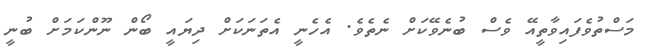
މަސްތުވެފައިވާތީއޭ ވެސް ބުނެވޭކަށް ނެތެވެ. އެހެނީ އެތަނަކަށް ދިޔައީ ބޯން ނޫންކަމަށް ބުނީ